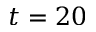
t = 2 0